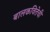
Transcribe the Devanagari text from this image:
बालकवितेची